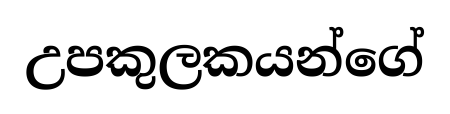
උපකුලකයන්ගේ